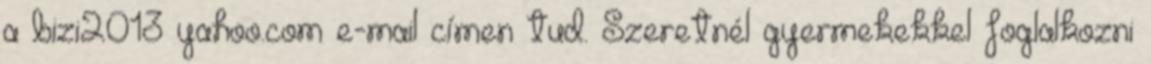
a bizi2013 yahoo.com e-mail címen tud. Szeretnél gyermekekkel foglalkozni